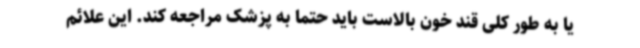
یا به طور کلی قند خون بالاست باید حتما به پزشک مراجعه کند. این علائم